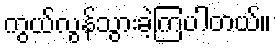
ကွယ်လွန်သွားခဲ့ကြပါတယ်။